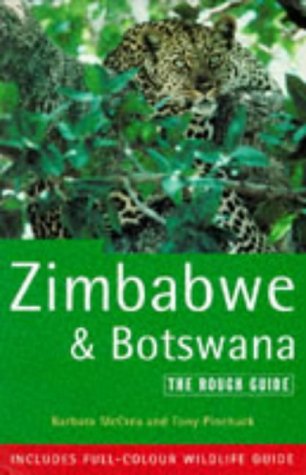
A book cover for Zimbabwe and Botswana: The Rough Guide, Second Edition (3rd ed); Tony Pinchuck; Travel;